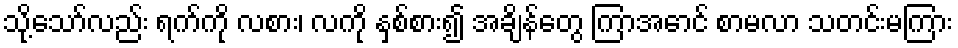
သို့သော်လည်း ရက်ကို လစား၊ လကို နှစ်စား၍ အချိန်တွေ ကြာအောင် စာမလာ သတင်းမကြား